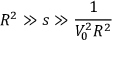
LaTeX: R ^ { 2 } \gg s \gg \frac { 1 } { V _ { 0 } ^ { 2 } R ^ { 2 } }